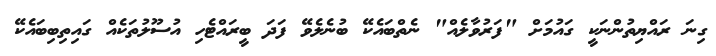
ގިނަ ރައްޔިތުންނަކީ ގައުމަށް "ފަރުވާލެއް" ނެތްބައެކޭ ބުނެލެވޭ ފަދަ ބީރައްޓެހި އުސޫލުތަކެއް ގައިތިބިބައެކޭ